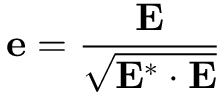
\mathbf { e } = \frac { \mathbf { E } } { \sqrt { \mathbf { E ^ { * } \cdot E } } }